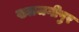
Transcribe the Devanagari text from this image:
ख्वाजगीपुर